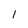
Character: 1